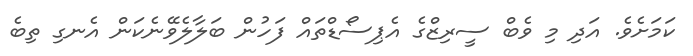
ކަމަށެވެ. އަދި މި ވެބް ސީރިޒްގެ އެޕިސޯޑްތައް ފަހުން ބަލާލެވޭނެކަން އެނގި ތިބެ